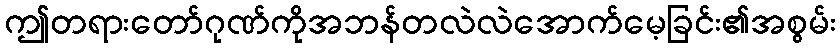
ဤတရားတော်ဂုဏ်ကိုအဘန်တလဲလဲအောက်မေ့ခြင်း၏အစွမ်း